Report on sanitation, dispensaries, and jails in Rajputana for 1909, and on vaccination for the year 1909-1910 - 1909-1910
Year: 1909
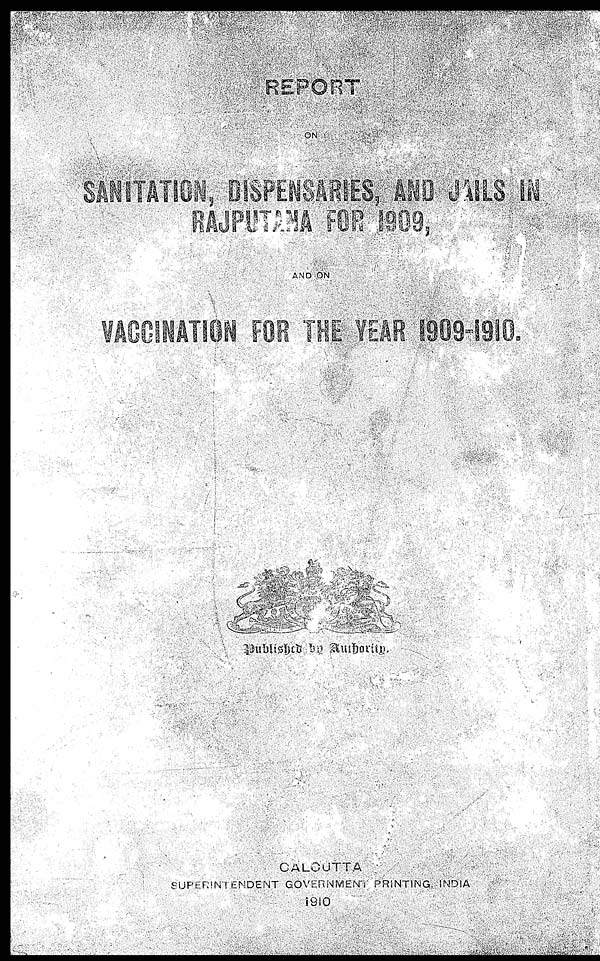
REPORT
ON
SANITATION, DISPENSARIES, AND JAILS IN
RAJPUTANA FOR 1909,
AND ON
VACCINATION FOR THE YEAR 1909-1910.
Published by Authority.
CALCUTTA
SUPERINTENDENT GOVERNMENT PRINTING, INDIA
1910